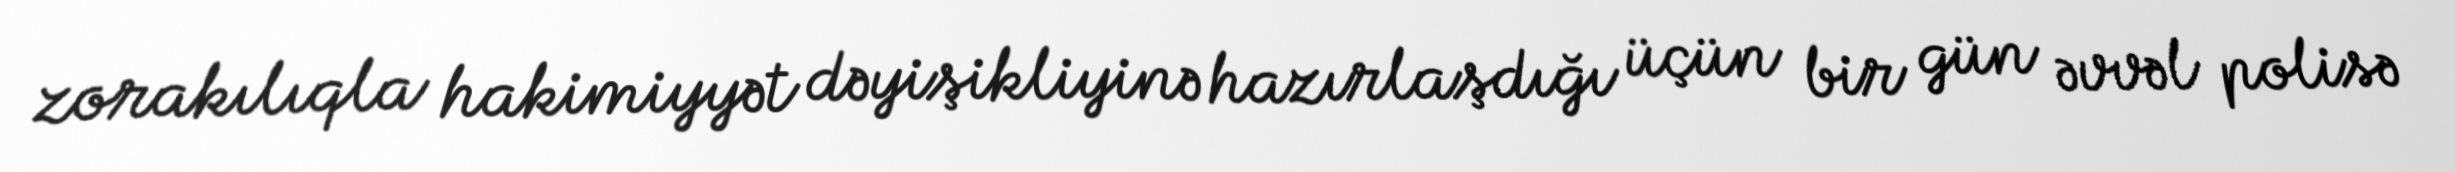
zorakılıqla hakimiyyət dəyişikliyinə hazırlaşdığı üçün bir gün əvvəl polisə